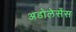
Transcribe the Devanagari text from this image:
अडोलेसेंस